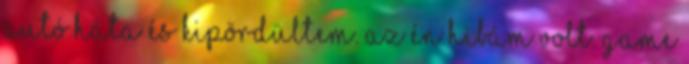
autó háta és kipördültem. Az én hibám volt. Game